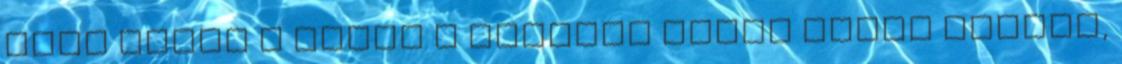
után nyert a Bulls A Chicago Bulls hazai pályán,